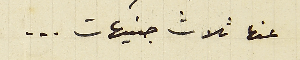
عنها ثلاث جنيهات ...